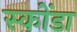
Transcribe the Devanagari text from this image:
स्कोंडा